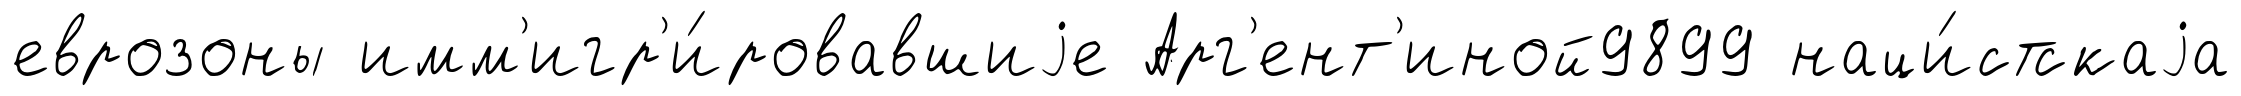
еврозоны имм'игр'и́ровавшиjе Арг'ент'иной9899 наци́стскаjа